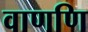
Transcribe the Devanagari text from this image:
वाणणि